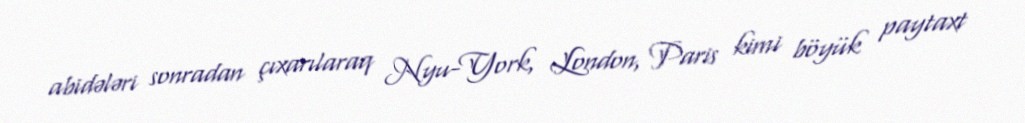
abidələri sonradan çıxarılaraq Nyu-York, London, Paris kimi böyük paytaxt